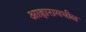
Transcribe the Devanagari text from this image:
आहारामधील